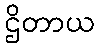
ဌိတာယ